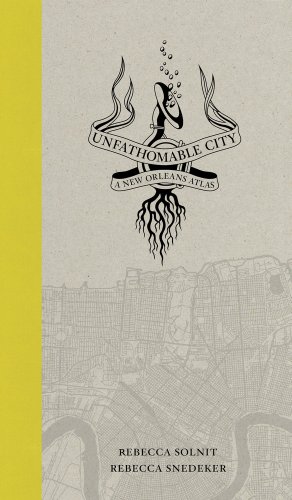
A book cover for Unfathomable City: A New Orleans Atlas; Rebecca Solnit; History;